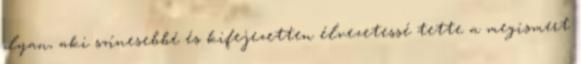
olyan, aki színesebbé és kifejezetten élvezetessé tette a megismert